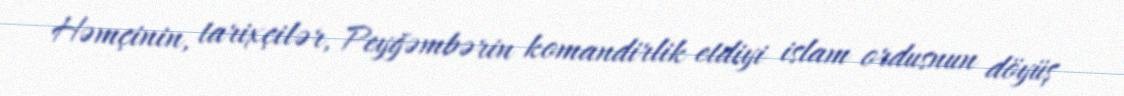
Həmçinin, tarixçilər, Peyğəmbərin komandirlik etdiyi islam ordusnun döyüş